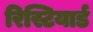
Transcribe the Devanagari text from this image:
रिस्टियार्ड